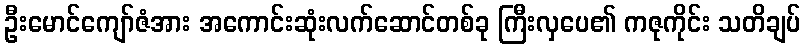
ဦးမောင်ကျော်ဇံအား အကောင်းဆုံးလက်ဆောင်တစ်ခု ကြီးလှပေ၏ ကဇုကိုင်း သတိချပ်